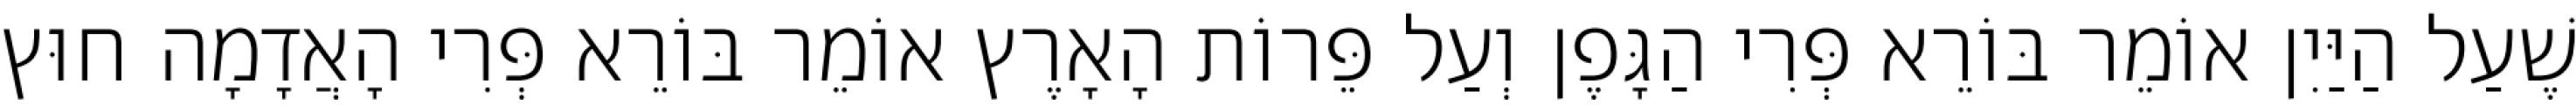
שֶׁעַל הַיַּיִן אוֹמֵר בּוֹרֵא פְּרִי הַגָּפֶן וְעַל פֵּרוֹת הָאָרֶץ אוֹמֵר בּוֹרֵא פְּרִי הָאֲדָמָה חוּץ